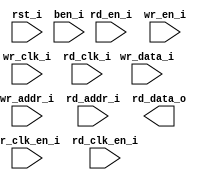
/*******************************************************************************
    Verilog netlist generated by IPGEN Radiant Software (64-bit) 2.0.1.281.2
    Soft IP Version: 1.1.0
    Sat May 23 15:58:14 2020
*******************************************************************************/
/*******************************************************************************
    Wrapper Module generated per user settings.
*******************************************************************************/
module palette_ram (wr_clk_i, rd_clk_i, rst_i, wr_clk_en_i, rd_en_i,
    rd_clk_en_i, wr_en_i, ben_i, wr_data_i, wr_addr_i, rd_addr_i, rd_data_o)/* synthesis syn_black_box syn_declare_black_box=1 */;
    input  wr_clk_i;
    input  rd_clk_i;
    input  rst_i;
    input  wr_clk_en_i;
    input  rd_en_i;
    input  rd_clk_en_i;
    input  wr_en_i;
    input  [1:0]  ben_i;
    input  [15:0]  wr_data_i;
    input  [4:0]  wr_addr_i;
    input  [4:0]  rd_addr_i;
    output  [15:0]  rd_data_o;
endmodule